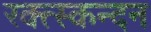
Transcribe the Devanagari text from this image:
रक्त्स्कन्दन